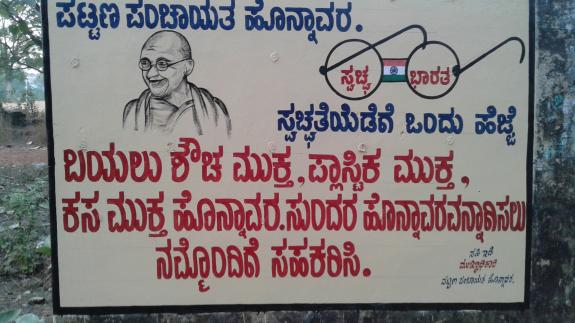
Language: kannada
Transcription: ಶೌಚ ಸಹಕರಿಸಿ. ಬಯಲು ಕಸ ಹೆಜ್ಜೆ ಮುಕ್ತ ಸ್ವಚ್ಛತೆಯೆಡೆಗೆ ಒಂದು ನಮ್ಮೊಂದಿಗೆ ಪಟ್ಟಣ